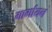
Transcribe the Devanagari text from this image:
गार्गायन